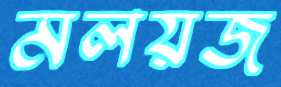
মলয়জ